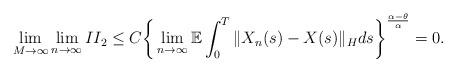
LaTeX: \begin{align*}\lim_{M\rightarrow\infty}\lim_{n\rightarrow\infty} II_2 \leq C \bigg\{ \lim_{n\rightarrow\infty}\mathbb{E} \int_0^{T} \Vert X_n(s) - X(s) \Vert_H ds \bigg\}^{\frac{\alpha-\theta}{\alpha}} = 0 .\end{align*}